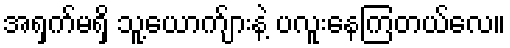
အရှက်မရှိ သူ့ယောက်ျားနဲ့ ပလူးနေကြတယ်လေ။